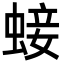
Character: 𧌃